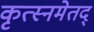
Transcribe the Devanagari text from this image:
कृत्स्नमेतद्